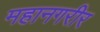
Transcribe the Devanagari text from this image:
महानगरीर